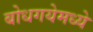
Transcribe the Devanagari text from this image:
बोधगयेमध्ये